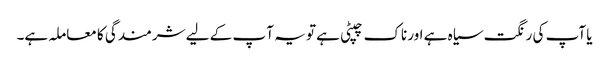
یا آپ کی رنگت سیاہ ہے اور ناک چپٹی ہے تو یہ آ پ کے لیے شرمندگی کا معاملہ ہے۔